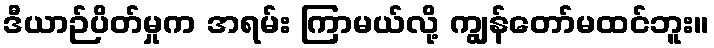
ဒီယာဉ်ပိတ်မှုက အရမ်း ကြာမယ်လို့ ကျွန်တော်မထင်ဘူး။